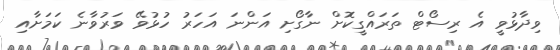
ވިދާޅުވީ އެ ރިސޯޓް ތަރައްގީކޮށް ނާގޯށި އަންނަ އަހަރު ހުޅުވޭ ވަރުވާނެ ކަމަށާއި